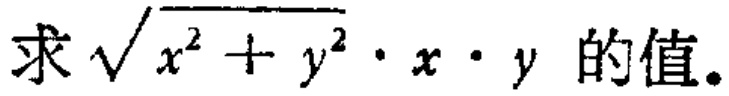
求\(\sqrt{x^{2}+y^{2}}\cdot x\cdot y\)的值。